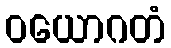
ဝယောဂတံ